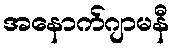
အနောက်ဂျာမနီ